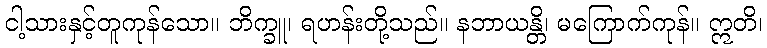
ငါ့သားနှင့်တူကုန်သော။ ဘိက္ခူ၊ ရဟန်းတို့သည်။ နဘာယန္တိ၊ မကြောက်ကုန်။ ဣတိ၊